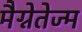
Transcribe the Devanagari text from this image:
मैग्नेतेज्म